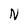
Character: N